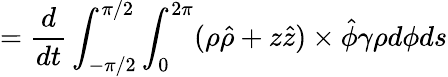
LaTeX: =\frac{d}{dt}\int_{-\pi/2}^{\pi/2}\int_{0}^{2\pi}(\rho\hat{\rho}+z\hat{z})\times\hat{\phi}\gamma\rho d\phi ds